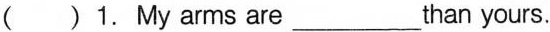
( )1. My arms are ___ than yours.